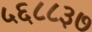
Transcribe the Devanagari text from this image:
५६८८३७